Civil Veterinary Department. Madras. Admin. report 1910-25 - 1910-1925
Year: 1910
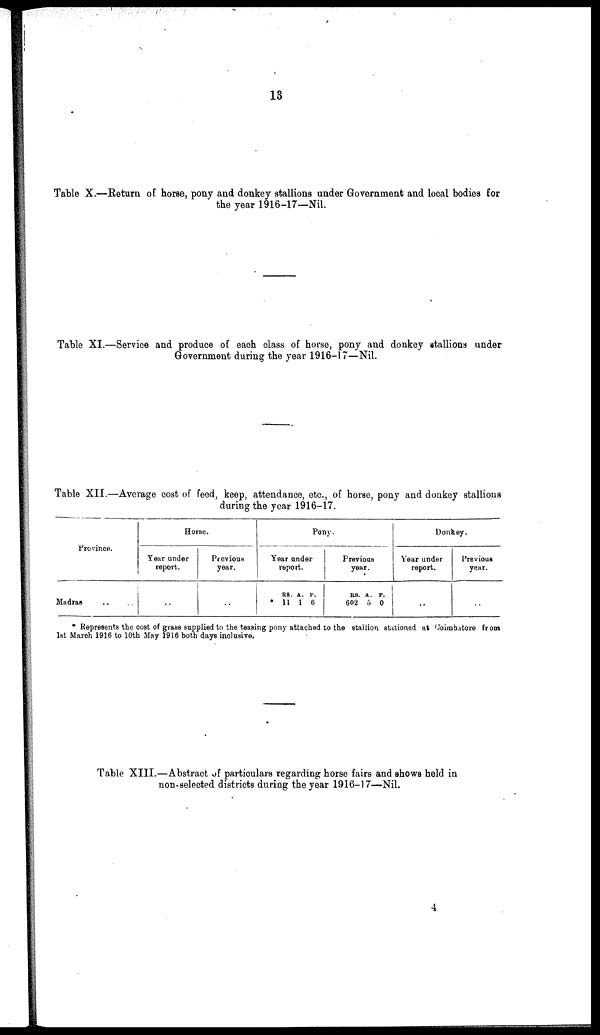
13
Table X.—Return of horse, pony and donkey stallions under Government and local bodies for
the year 1916-17—Nil.
Table XI.—Service and produce of each class of horse, pony and donkey stallions under
Government during the year 1916-17—Nil.
Table XII.—Average cost of feed, keep, attendance, etc., of horse, pony and donkey stallions
during the year 1916-17.
Province.
Madras .. ..
Horse.
Year under
report.
..
Previous
year.
..
Pony.
Year under
report.
RS.
11
A.
1
P.
6
Previous
year.
RS.
602
A.
5
P.
0
Donkey.
Year under
report.
..
Previous
year.
..
* Represents the cost of grass supplied to the teasing pony attached to the stallion stationed at Coimbatore from
let March 1916 to 10th May 1916 both days inclusive.
Table XIII.—Abstract of particulars regarding horse fairs and shows held in
non-selected districts during the year 1916-17—Nil.
4